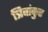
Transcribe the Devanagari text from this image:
त्रिवांकुर